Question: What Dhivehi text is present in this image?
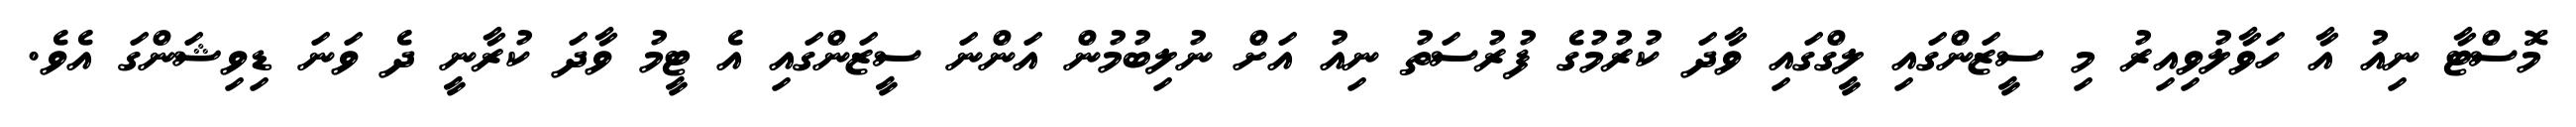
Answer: މޮސްޓާ ނިއު އާ ހަވާލުވިއިރު މި ސީޒަންގައި ލީގްގައި ވާދަ ކުރުމުގެ ފުރުސަތު ނިއު އަށް ނުލިބުމުން އަންނަ ސީޒަންގައި އެ ޓީމު ވާދަ ކުރާނީ ދެ ވަނަ ޑިވިޝަންގަ އެވެ.